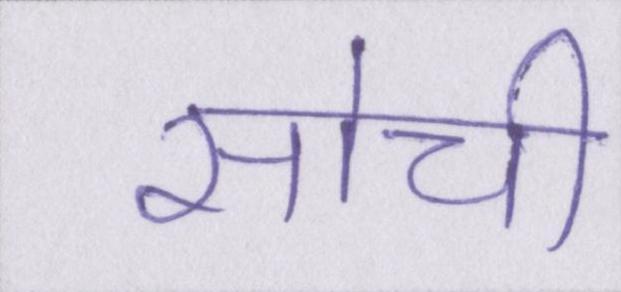
सोची